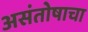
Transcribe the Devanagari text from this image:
असंतोषाचा